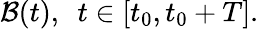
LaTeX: \mathcal{B}(t),\ \ t\in[t_{0},t_{0}+T].